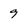
Character: 9